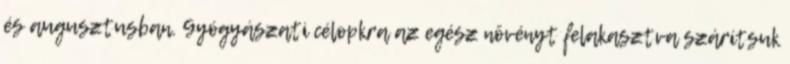
és augusztusban. Gyógyászati célopkra az egész növényt felakasztva szárítsuk